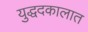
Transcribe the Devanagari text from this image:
युद्धदकालात